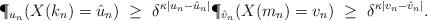
LaTeX: \begin{align*}\P_{u_n}(X(k_n) = \hat{u}_n) ~\geq~\delta^{\kappa |u_n-\hat{u}_n|} \P_{\hat{v}_n}(X(m_n) = v_n) ~\geq~\delta^{\kappa |v_n-\hat{v}_n|}. \end{align*}